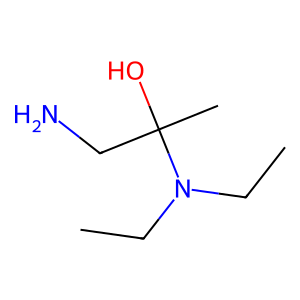
SMILES: CCN(CC)C(C)(O)CN
Inhibits HIV replication: No